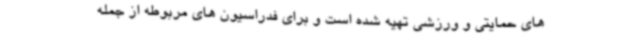
های حمایتی و ورزشی تهیه شده است و برای فدراسیون های مربوطه از جمله